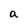
Character: a